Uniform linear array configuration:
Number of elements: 16
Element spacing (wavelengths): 1
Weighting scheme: hamming
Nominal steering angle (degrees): -30
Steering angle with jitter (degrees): -29.962
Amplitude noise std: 0.05
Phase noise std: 0.05

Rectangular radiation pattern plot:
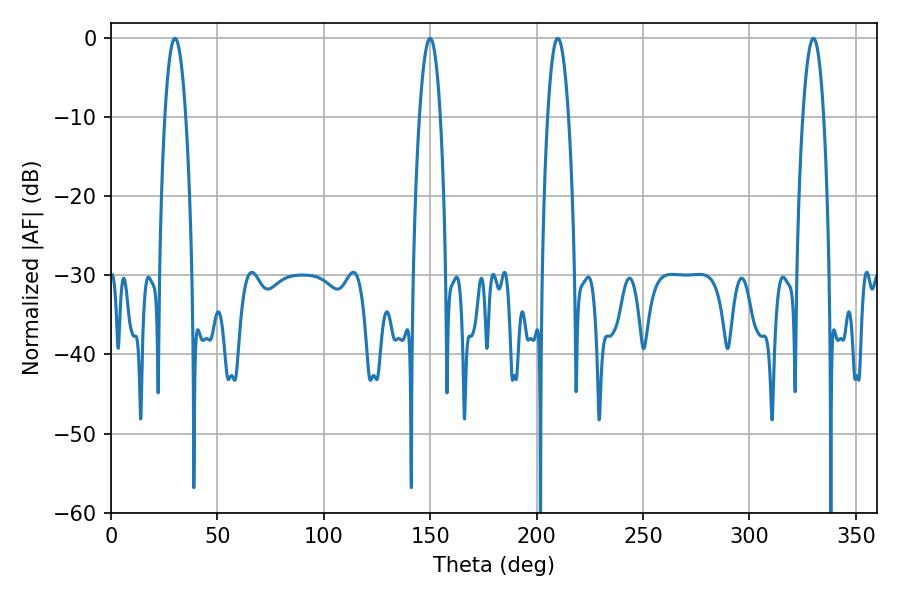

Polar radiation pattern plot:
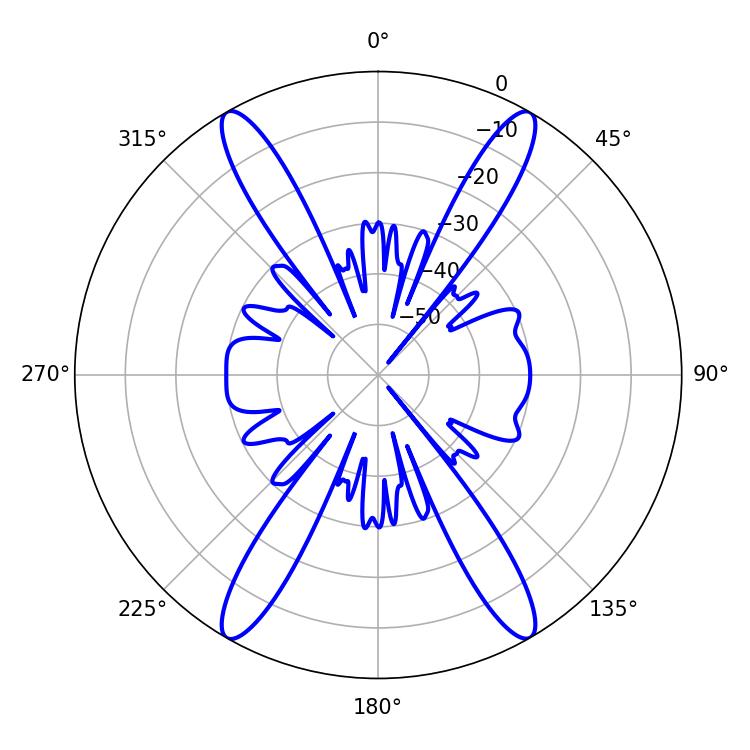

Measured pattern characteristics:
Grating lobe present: TRUE
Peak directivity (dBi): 35.266
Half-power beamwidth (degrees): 5.4
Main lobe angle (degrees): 30.06